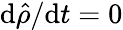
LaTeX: \mathrm{d}{\hat{{\rho}}}/\mathrm{d}t=0